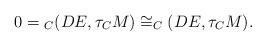
LaTeX: \begin{align*} 0=\overline{}_C(DE,\tau_CM)\cong_C(DE,\tau_CM).\end{align*}